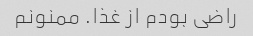
راضی بودم از غذا. ممنونم